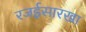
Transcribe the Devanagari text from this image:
रजईसारखा